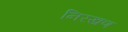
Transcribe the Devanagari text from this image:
निरखण